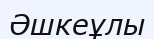
Әшкеұлы